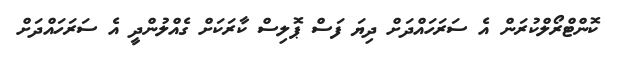
ކޮންޓްރޯލްކުރަން އެ ސަރަހައްދަށް ދިޔަ ފަސް ޕޮލިސް ކާރަކަށް ގެއްލުންދީ އެ ސަރަހައްދަށް